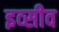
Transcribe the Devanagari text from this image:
इव्सीव